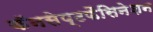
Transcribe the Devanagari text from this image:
कॅनसेप्टफैसिनेशन